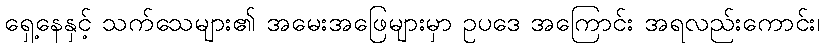
ရှေ့နေနှင့် သက်သေများ၏ အမေးအဖြေများမှာ ဥပဒေ အကြောင်း အရလည်းကောင်း၊